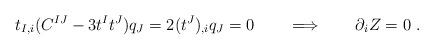
LaTeX: \begin{align*}t_{I,i} (C^{IJ}- 3 t^I t^J) q_J= 2 (t^J)_{,i} q_J =0 \qquad \Longrightarrow\qquad \partial_i Z=0 \ .\end{align*}